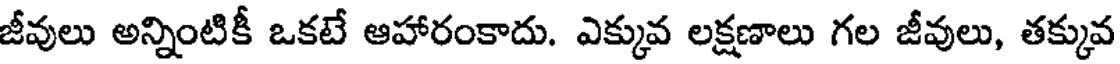
జీవులు అన్నింటికీ ఒకటే ఆహారంకాదు. ఎక్కువ లక్షణాలు గల జీవులు, తక్కువ